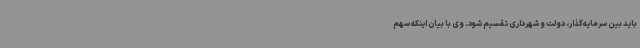
باید بین سرمایه‌گذار، دولت و شهرداری تقسیم شود. وی با بیان اینکه سهم